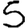
Digit: 5